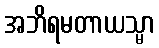
အဘိရမတာယသ္မာ